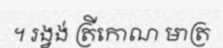
។ រង្វង់ ត្រីកោណ មាត្រ